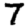
Digit: 7